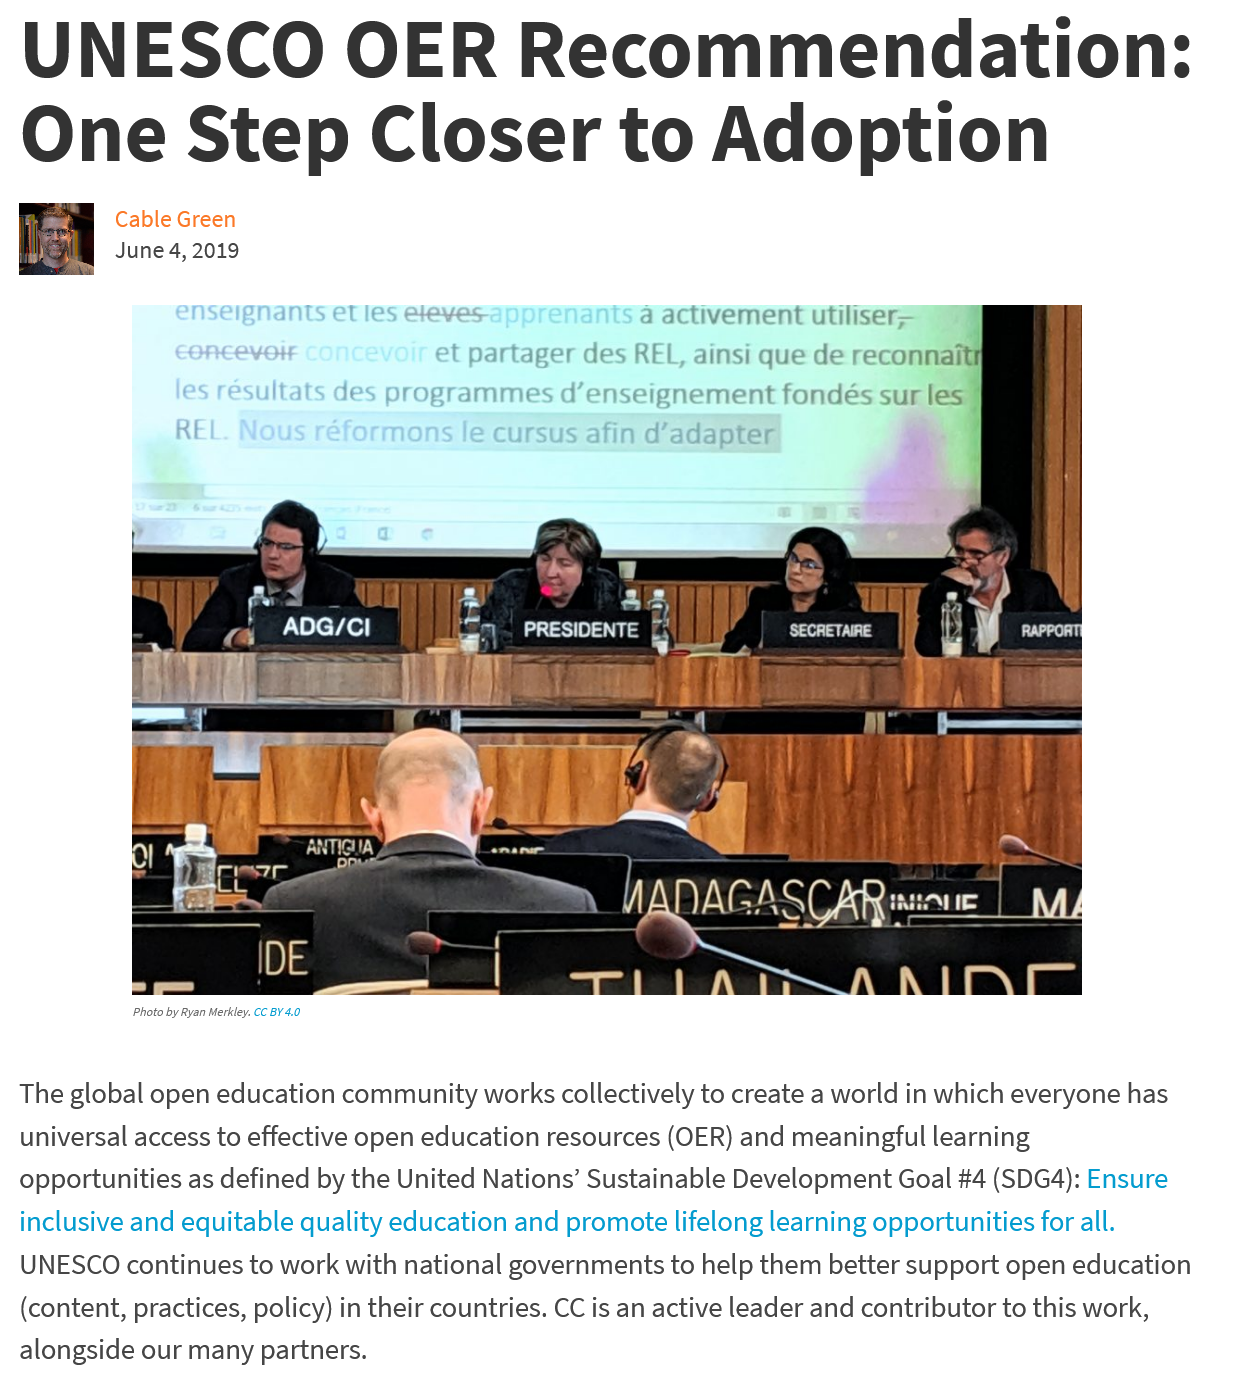
The global open education community works collectively to create a world in which everyone has
  universal access to effective open education resources (OER) and meaningful learning
  opportunities as defined by the United Nations’ Sustainable Development Goal #4 (SDG4): Ensure
  inclusive and equitable quality education and promote lifelong learning opportunities for all.
  UNESCO  continues to work with national governments to help them better support open education
  (content, practices, policy) in their countries. CC is an active leader and contributor to this work,
  alongside our many partners.
  UNESCO    OER    Recommendation:
  One    Step    Closer    to    Adoption
     Cable Green
     June 4, 2019